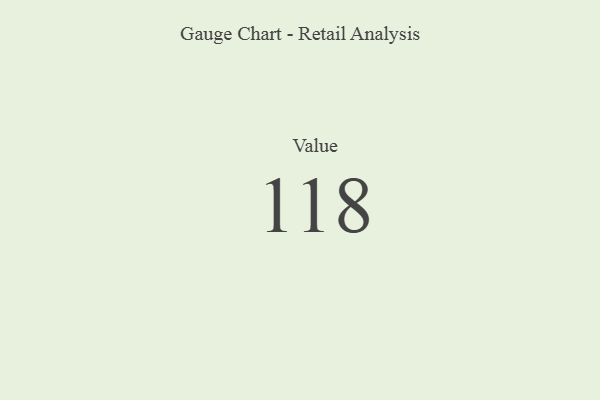
{"axis": {"x": "Metric", "y": "Value"}, "legend": [""], "data": [{"x": "Value", "y": 118, "type": ""}]}